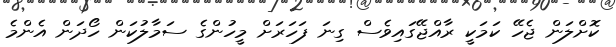
ކޮށްލަން ޖެހޭ ކަމަކީ ރާއްޖޭގައިވެސް ގިނަ ފަހަރަށް މީހުންގެ ސަމާލުކަން ހޯދަން އެންމެ